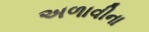
અળાવીના